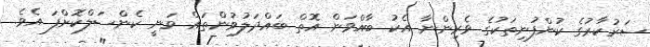
ސަރުކާރުގެ ކުންފުނިތަކުގެ ވެރިންނާ އެކު ބާއްވަން އޮތް ބައްދަލުވުންތައް ވަނީ ކެންސަލްކޮށްފަ އެވެ.